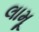
લામૂ